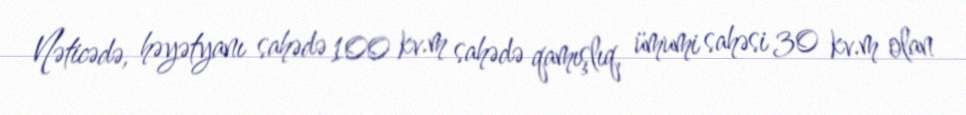
Nəticədə, həyətyanı sahədə 100 kv.m sahədə qamışlıq, ümumi sahəsi 30 kv.m olan